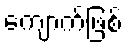
ကျောက်ဖြစ်